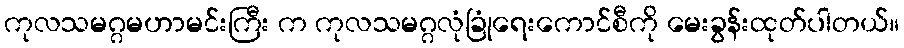
ကုလသမဂ္ဂမဟာမင်းကြီး က ကုလသမဂ္ဂလုံခြုံရေးကောင်စီကို မေးခွန်းထုတ်ပါတယ်။